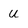
Character: U